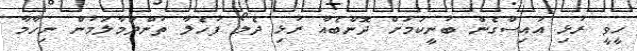
ހީވީ ރުޅި އައިސްގެން ބުނީކަމަށް ދޮންބެއާ ރުޅި ދެލޯ ފުހެލާ ތުންދަމާލަމުން ނިހާމާ